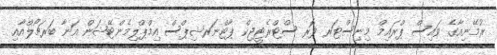
ރުމޭނިއާގެ ވައިސް ޕްރައިމް މިނިސްޓަރ ފޮރ ސްޓްރެޓީޖިކް ޕާޓްނަރޝިޕްސް އިމްޕްލިމެންޓޭޝަން އަނާ ބަރޗޯލްއާއި